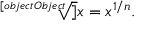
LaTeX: { \sqrt [ [object Object] ] { x } } = x ^ { 1 / n } .